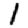
Digit: 1